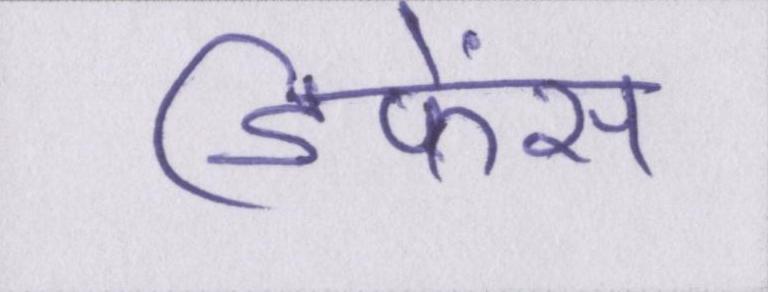
डिफेंस